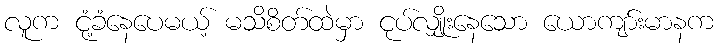
လူက ငုံ့ခံနေပေမယ့် မသိစိတ်ထဲမှာ ငုပ်လျှိုးနေသော ယောကျာ်းမာနက